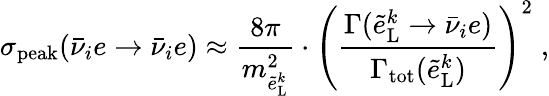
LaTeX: \sigma_{\mathrm{peak}}(\bar{\nu}_{i}e\rightarrow\bar{\nu}_{i}e)\approx\frac{8\pi}{m_{\tilde{e}_{\mathrm{L}}^{k}}^{2}}\cdot\left(\frac{\Gamma(\tilde{e}_{\mathrm{L}}^{k}\rightarrow\bar{\nu}_{i}e)}{\Gamma_{\mathrm{tot}}(\tilde{e}_{\mathrm{L}}^{k})}\right)^{2}\; ,